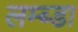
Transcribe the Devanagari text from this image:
लम्ब्डा